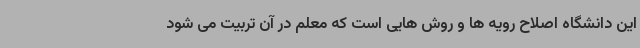
این دانشگاه اصلاح رویه ها و روش هایی است که معلم در آن تربیت می شود